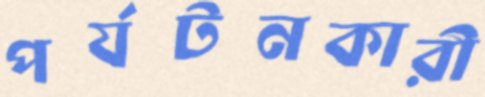
পর্যটনকারী